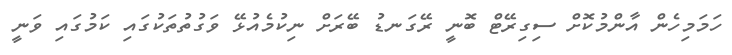
ހަމަމިހެން އާންމުކޮށް ސިގިރޭޓް ބޮނީ ރޭގަނޑު ބޭރަށް ނިކުމެއުޅޭ ވަގުތުތަކުގައި ކަމުގައި ވަނީ